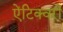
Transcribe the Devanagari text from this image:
ऐंटिक्वरी